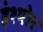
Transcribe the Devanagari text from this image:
इंश्योर